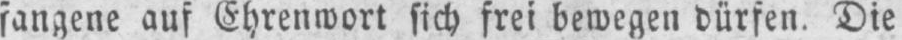
auf Ehrenwort sich frei bewegen dürfen. Die